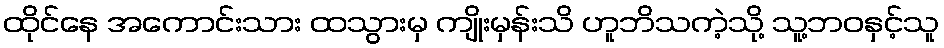
ထိုင်နေ အကောင်းသား ထသွားမှ ကျိုးမှန်းသိ ဟူဘိသကဲ့သို့ သူ့ဘဝနှင့်သူ